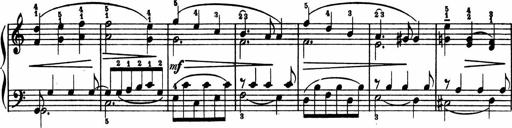
Title: 2 Sonatinen
Composer: Lambertus Adrianus van Tetterode